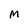
Character: M